Lunatic asylums Central Provinces reports 1886-1894 - 1886-1894
Year: 1886
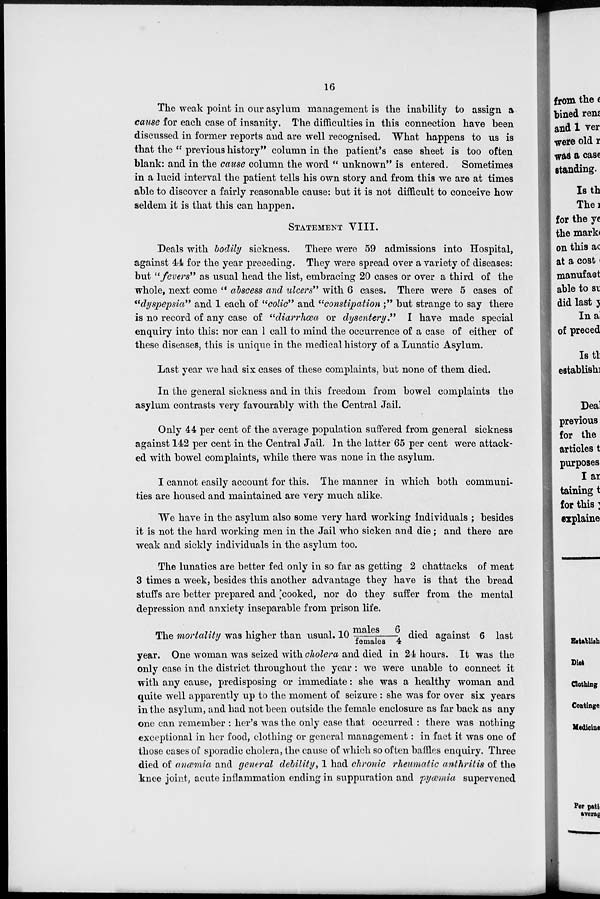
16
The weak point in our asylum management is the inability to assign a
cause for each case of insanity, The difficulties in this connection have been
discussed in former reports and are well recognised. What happens to us is
that the " previous history" column in the patient's case sheet is too often
blank: and in the cause column the word " unknown" is entered. Sometimes
in a lucid interval the patient tells his own story and from this we are at times
able to discover a fairly reasonable cause: but it is not difficult to conceive how
seldem it is that this can happen.
STATEMENT VIII.
Deals with bodily sickness. There were 59 admissions into Hospital,
against 44 for the year preceding. They were spread over a variety of diseases:
but "fevers" as usual head the list, embracing 20 cases or over a third of the
whole, next come " abscess and ulcers" with 6 cases. There were 5 cases of
"dyspepsia" and 1 each of "colic" and "constipation ;" but strange to say there
is no record of any case of "diarrhœa or dysentery " I have made special
enquiry into this: nor can 1 call to mind the occurrence of a case of either of
these diseases, this is unique in the medical history of a Lunatic Asylum.
Last year we had six cases of these complaints, but none of them died.
In the general sickness and in this freedom from bowel complaints the
asylum contrasts very favourably with the Central Jail.
Only 44 per cent of the average population suffered from general sickness
against 142 per cent in the Central Jail. In the latter 65 per cent were attack-
ed with bowel complaints, while there was none in the asylum.
I cannot easily account for this. The manner in which both communi-
ties are housed and maintained are very much alike.
We have in the asylum also some very hard working individuals ; besides
it is not the hard working men in the Jail who sicken and die ; and there are
weak and sickly individuals in the asylum too.
The lunatics are better fed only in so far as getting 2 chattacks of meat
3 times a week, besides this another advantage they have is that the bread
stuffs are better prepared and cooked, nor do they suffer from the mental
depression and anxiety inseparable from prison life.
The mortality was higher than usual. 10 males 6/females 4died against 6 last
year. One woman was seized with cholera and died in 24 hours. It was the
only case in the district throughout the year : we were unable to connect it
with any cause, predisposing or immediate: she was a healthy woman and
quite well apparently up to the moment of seizure : she was for over six years
in the asylum, and had not been outside the female enclosure as far back as any
one can remember : her's was the only case that occurred : there was nothing
exceptional in her food, clothing or general management: in fact it was one of
those cases of sporadic cholera, the cause of which so often baffles enquiry. Three
died of anæmia and general debility, I had chronic rheumatic anthritis of the
knee joint, acute inflammation ending in suppuration and pyæmia supervened